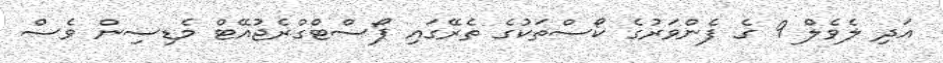
އަދި ލެވެލް 9 ގެ ފެންވަރުގެ ކޯސްތަކުގެ ތެރޭގައި ޕޯސްޓްގްރެޖުއޭޓް މެޑިސިން ވެސް